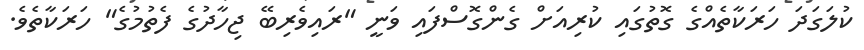
ކުލަގަދަ ހަރަކާތެއްގެ ގޮތުގައި ކުރިއަށް ގެންގޮސްފައި ވަނީ "ރައިވެރިބޭ ޖިހާދުގެ ފެތުމުގެ" ހަރަކާތެވެ.